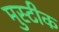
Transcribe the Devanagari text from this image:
मुस्टीक